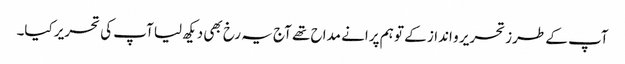
آپ کے طرز تحریر و انداز کے تو ہم پرانے مداح تھے آج یہ رخ بھی دیکھ لیا آپ کی تحریر کیا۔